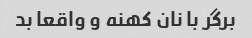
برگر با نان کهنه و واقعا بد